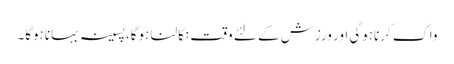
واک کرناہوگی اور ورزش کے لئے وقت نکالنا ہوگا، پسینہ بہاناہوگا۔